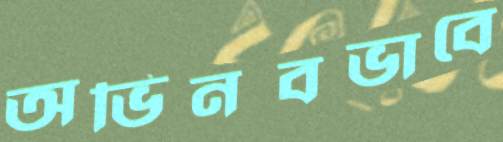
অভিনবভাবে